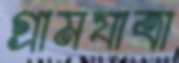
গ্রামযাত্রা